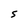
Character: S